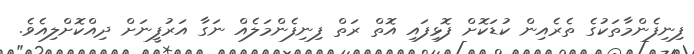
ފިނިފެންމާތަކުގެ ތެރެއިން ކުޑަކޮށް ފޮޅިފައި އޮތް ރަތް ފިނިފެންމަލެއް ނަގާ އަރުފީނަށް ދިއްކޮށްލިއެވެ.